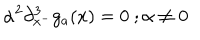
\alpha ^ { 2 } \partial _ { x ^ { - } } ^ { 3 } g _ { a } ( x ) = 0 ~ ; \alpha \neq 0